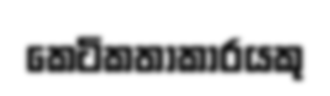
කෙටිකතාකාරයකු